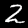
Digit: 2